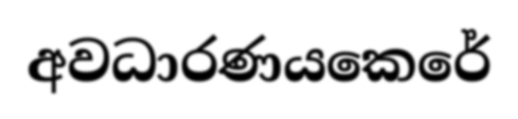
අවධාරණයකෙරේ